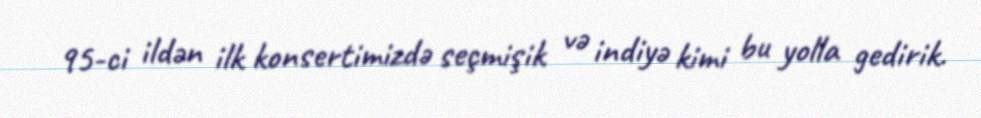
95-ci ildən ilk konsertimizdə seçmişik və indiyə kimi bu yolla gedirik.